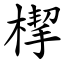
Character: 㮮